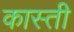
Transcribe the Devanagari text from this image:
कास्ती